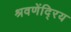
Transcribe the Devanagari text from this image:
श्रवणेंदि्रय